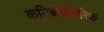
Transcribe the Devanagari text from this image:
कटिबंधांतरिक